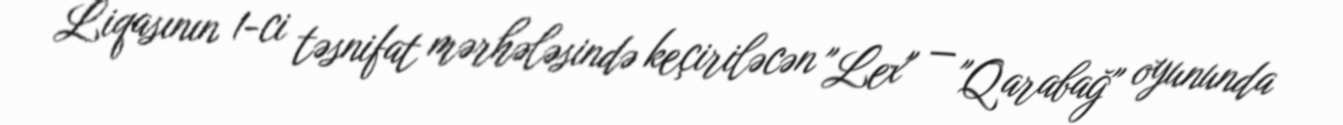
Liqasının 1-ci təsnifat mərhələsində keçiriləcən "Lex" — "Qarabağ" oyununda